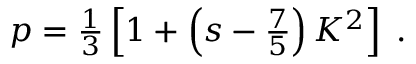
\begin{array} { r } { p = \frac { 1 } { 3 } \left[ 1 + \left( s - \frac { 7 } { 5 } \right) K ^ { 2 } \right] \; . } \end{array}